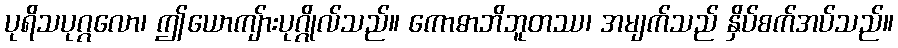
ပုရိသပုဂ္ဂလော၊ ဤယောကျ်ားပုဂ္ဂိုလ်သည်။ ကောဓာဘိဘူတဿ၊ အမျက်သည် နှိပ်စက်အပ်သည်။